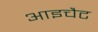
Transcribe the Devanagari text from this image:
आइचैट